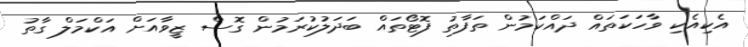
އެކިއެކި ވާހަކަތައް ދައްކަމުން ތަފާތު ފޮޓޯތައް ބަދަލުކުރަމުން ގޮސް ޒީވާއަށް އަކްމަލް ގާތު